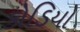
કોડિયો